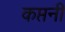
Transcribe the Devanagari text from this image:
कप्तनी